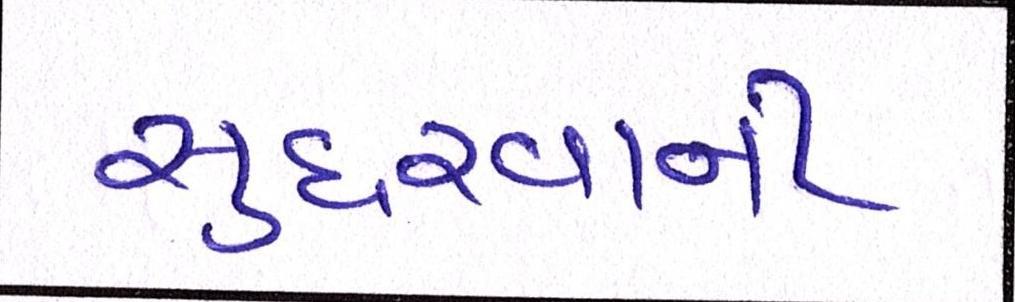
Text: સુધરવાની